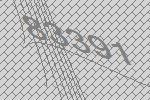
83391